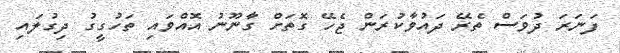
ފަނަރަ ދުވަސް ތެރޭ ދައުވާކުރަން ޖެހޭ ގޮތަށް ގާނޫނު އޮއްވައި ތަހުގީގު ދިގުލައި